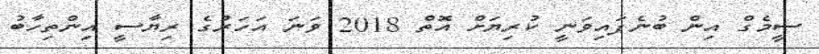
ސީމެގް އިން ބުނެފައިވަނީ ކުރިޔަށް އޮތް 2018 ވަނަ އަހަރުގެ ރިޔާސީ އިންތިހާބު